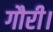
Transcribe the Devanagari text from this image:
गौरी।